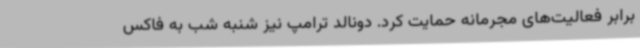
برابر فعالیت‌های مجرمانه حمایت کرد. دونالد ترامپ نیز شنبه شب به فاکس